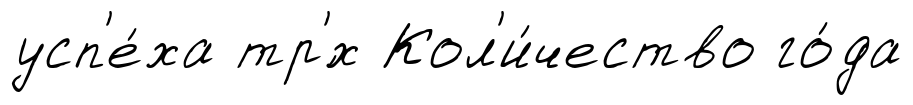
усп'е́ха тр'́х Кол'и́чество го́да